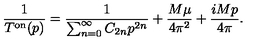
\frac { 1 } { T ^ { \mathrm { { o n } } } ( p ) } = \frac { 1 } { \sum _ { n = 0 } ^ { \infty } C _ { 2 n } p ^ { 2 n } } + \frac { M \mu } { 4 \pi ^ { 2 } } + \frac { i M p } { 4 \pi } .